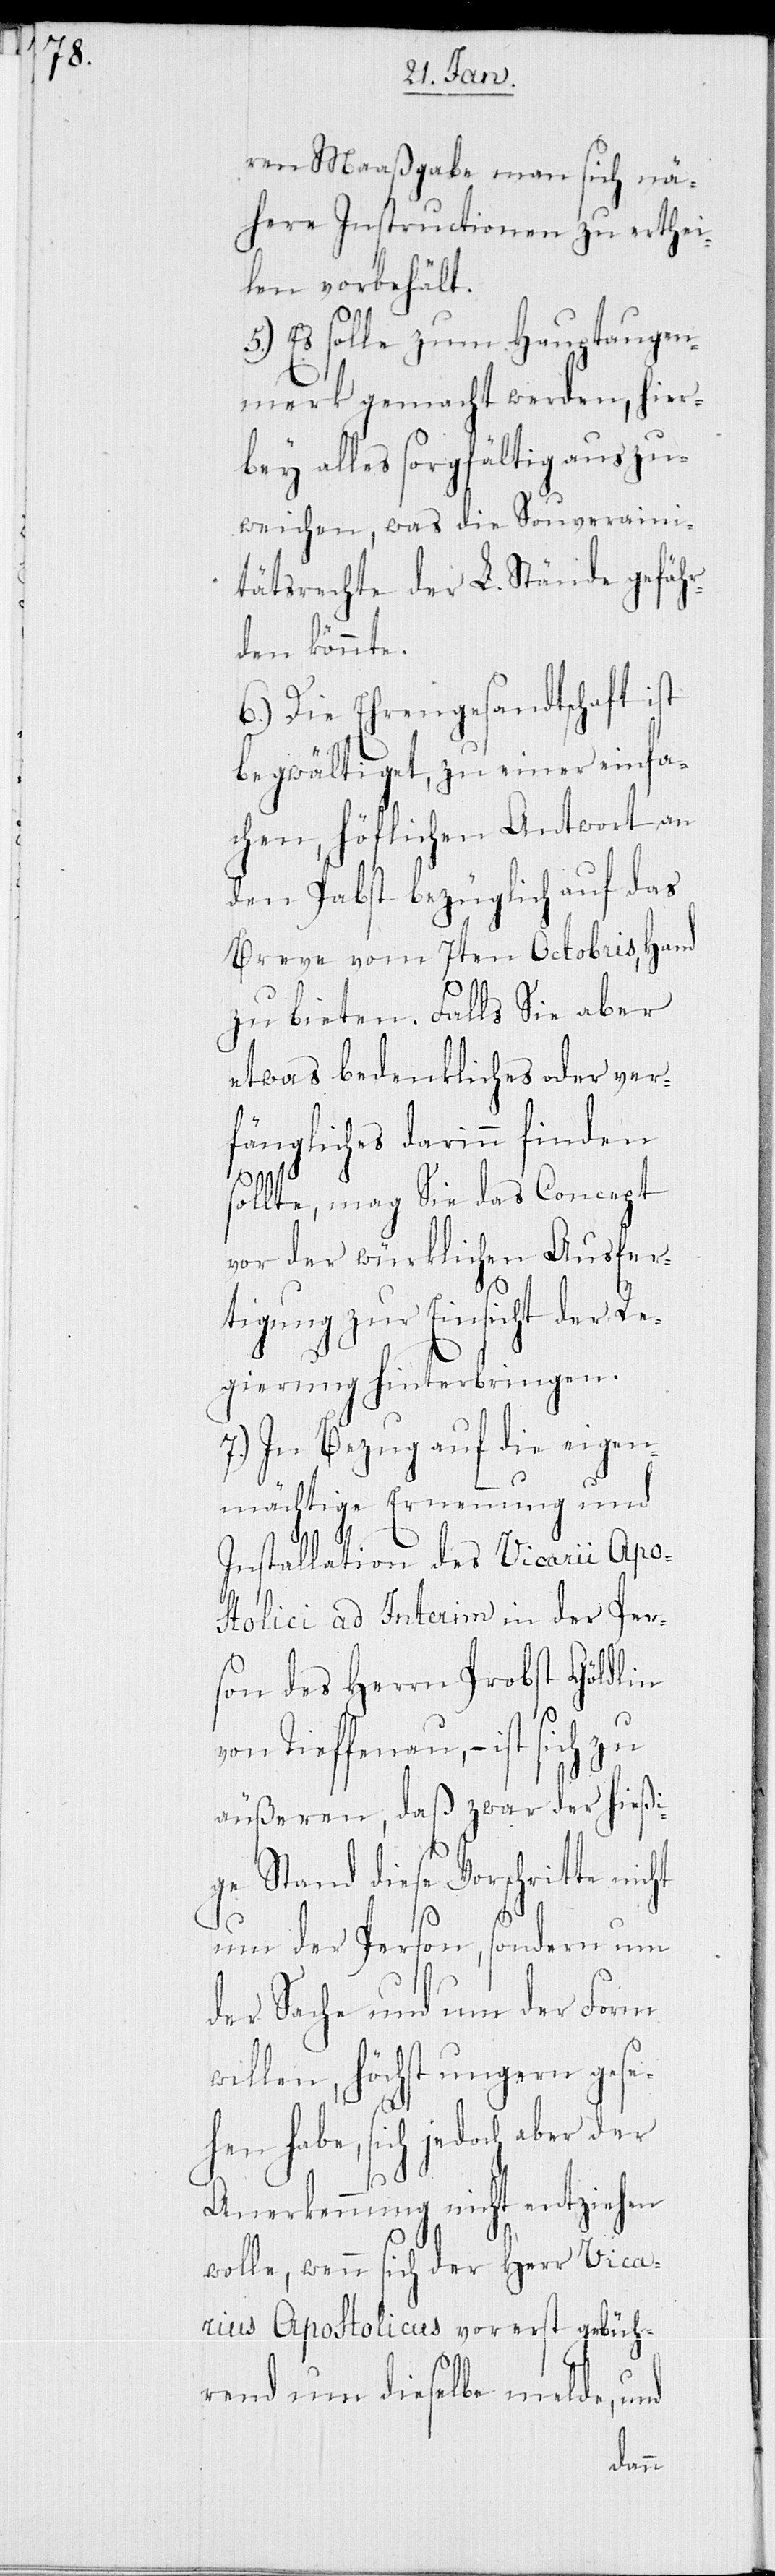
ren Maaßgabe man sich nä¬
here Instructionen zu erthei¬
len vorbehält.
5.) Es solle zum Hauptaugen¬
merk gemacht werden, hier¬
bey alles sorgfältig auszu¬
weichen, was die Souveraini¬
tätsrechte der L. Stände gefähr¬
den könnte.
6.) Die Ehrengesandtschaft ist
begwältiget, zu einer einfa¬
chen, höflichen Antwort an
den Pabst bezüglich auf das
Breve vom 7ten Octobris, Hand
zu bieten. Falls sie aber
etwas bedenkliches oder ver¬
fängliches darinn finden
sollte, mag Sie das Concept
vor der würklichen Ausfer¬
tigung zur Einsicht der Re¬
gierung hinterbringen.
7.) In Bezug auf die eigen¬
mächtige Ernennung und
Installation des Vicarii Apos¬
tolici ad Interim in der Per¬
son des Herrn Probst Göldlin
von Tieffenau, – ist sich zu
äußeren, daß zwar der hießi¬
ge Stand diese Vorschritte nicht
nur der Person, sondern um
der Sache und um der Form
willen, höchst ungenau gese¬
hen habe, sich jedoch aber der
Anerkennung nicht entziehen
wolle, wenn sich der Herr Vica¬
rius Apostolicus vorerst gebüh¬
rend um dieselbe melde, und